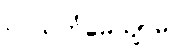
ဥပသင်္ကမေယျာမ